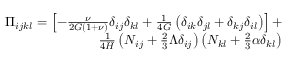
\begin{array} { r } { \Pi _ { i j k l } = \left[ - \frac { \nu } { 2 G ( 1 + \nu ) } \delta _ { i j } \delta _ { k l } + \frac { 1 } { 4 G } \left( \delta _ { i k } \delta _ { j l } + \delta _ { k j } \delta _ { i l } \right) \right] + } \\ { \frac { 1 } { 4 H } \left( N _ { i j } + \frac { 2 } { 3 } \Lambda \delta _ { i j } \right) \left( N _ { k l } + \frac { 2 } { 3 } \alpha \delta _ { k l } \right) } \end{array}